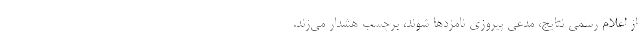
از اعلام رسمی نتایج، مدعی پیروزی نامزدها شوند، برچسب هشدار می‌زند.